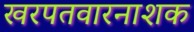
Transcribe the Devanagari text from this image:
खरपतवारनाशक